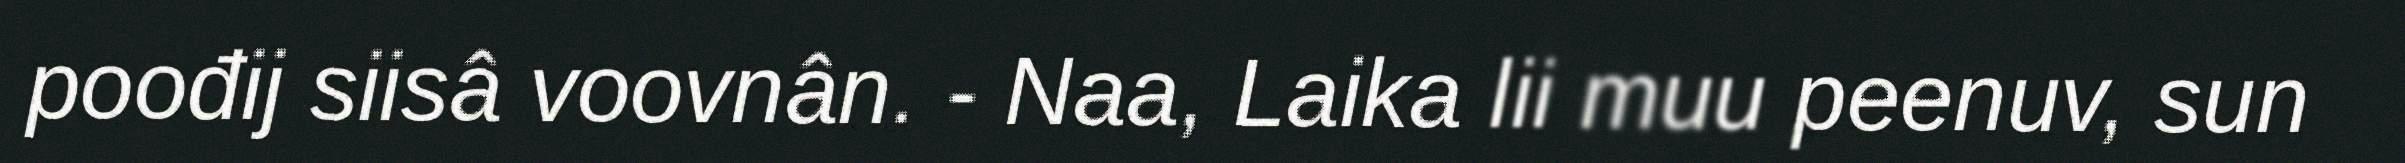
poođij siisâ voovnân. - Naa, Laika lii muu peenuv, sun